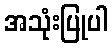
အသုံးပြုပါ